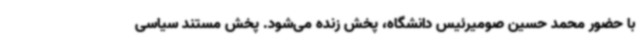
با حضور محمد حسین صومیرئیس دانشگاه، پخش زنده می‌شود. پخش مستند سیاسی